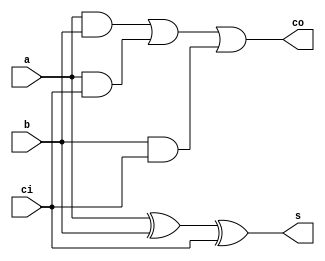
//==============================================================================
// One-Bit Full Adder Module
//==============================================================================

module FullAdder(
	input  a,  // Operand A
	input  b,  // Operand B
	input  ci, // Carry-In
	output s,  // Sum
	output co  // Carry-Out
);

	// Declare any internal wires you want to use here.

	// Write your code here. Use only continuous assignment
	// and bitwise operators.
	assign co = (a & b) || (a & ci) || (b & ci);
	assign s = a ^ b ^ ci;

endmodule